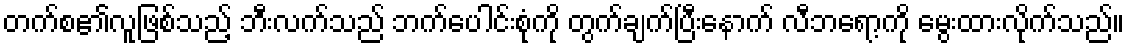
တက်စ၏လူဖြစ်သည့် ဘီးလက်သည် ဘက်ပေါင်းစုံကို တွက်ချက်ပြီးနောက် လီဘရော့ကို မွေးထားလိုက်သည်။